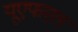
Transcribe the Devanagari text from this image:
यूएफएल